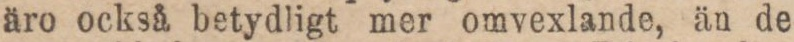
äro också betydligt mer omvexlande, än de